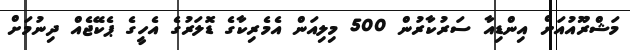
މަޝްރޫއުއަށް އިންޑިއާ ސަރުކާރުން 500 މިލިއަން އެމެރިކާގެ ޑޮލަރުގެ އެހީގެ ޕެކޭޖެއް ދިނުމަށް